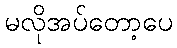
မလိုအပ်တော့ပေ